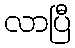
လာပြီ